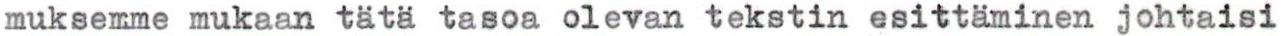
muksemme mukaan tätä tasoa olevan tekstin esittäminen johtaisi